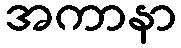
အကာနာ